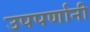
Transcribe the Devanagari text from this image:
उपपर्णानी